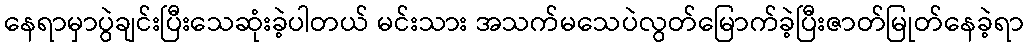
နေရာမှာပွဲချင်းပြီးသေဆုံးခဲ့ပါတယ် မင်းသား အသက်မသေပဲလွတ်မြောက်ခဲ့ပြီးဇာတ်မြုတ်နေခဲ့ရာ